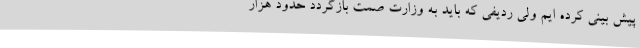
پیش بینی کرده ایم ولی ردیفی که باید به وزارت صمت بازگردد حدود هزار